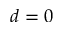
d = 0